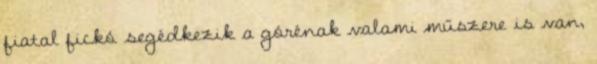
fiatal fickó segédkezik a górénak valami műszere is van,